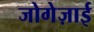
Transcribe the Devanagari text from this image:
जोगेज़ाई